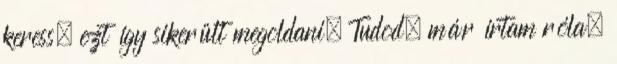
keress, ezt így sikerült megoldani. Tudod, már írtam róla,